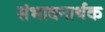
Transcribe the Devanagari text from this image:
संभावनार्थक